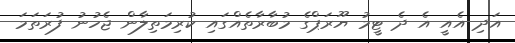
އަދި އެއީ އެ ދެ ޓީމު ޔޫރަޕްގެ މުބާރާތެއްގައި ކުރިމަތިލާން ޖެހުނު ފުރަތަމަ